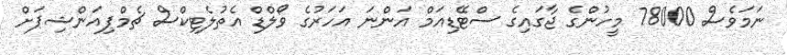
ނަމަވެސް 78000 މީހުންގެ ޖާގައިގެ ސްޓޭޑިއަމް އަންނަ އަހަރުގެ ވޯލްޑް އެތުލެޓިކްސް ޗެމްޕިއަންޝިޕަށް